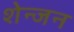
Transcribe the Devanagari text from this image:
शेन्जन